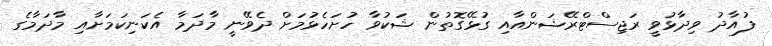
ފުއާދު ވިދާޅުވީ ރަޖިސްޓްރޭޝަންއާއި ގުޅޭގޮތުން ޝަކުވާ ހުށަހެޅުމަށް ދެވޭނީ މާދަމާ އެކަނިކަމަށާއި މާދަމާގެ